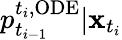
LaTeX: p_{t_{i-1}}^{t_{i},\mathrm{ODE}}|\mathbf{x}_{t_{i}}